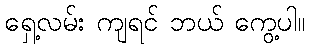
ရှေ့လမ်း ကျရင် ဘယ် ကွေ့ပါ။